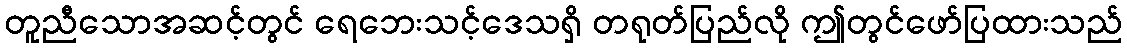
တူညီသောအဆင့်တွင် ရေဘေးသင့်ဒေသရှိ တရုတ်ပြည်လို ဤတွင်ဖော်ပြထားသည်